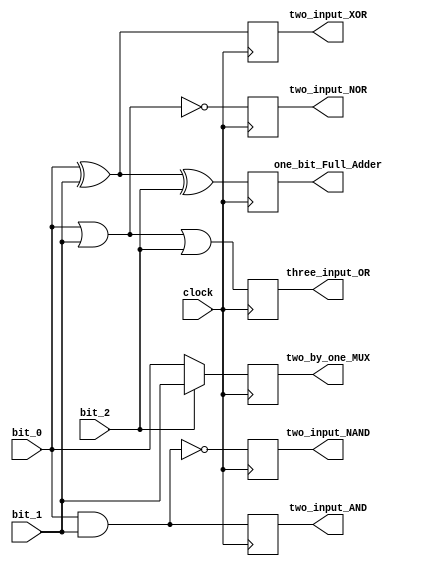
module core_logic(
	bit_0,
	bit_1,
	bit_2,
	clock,
	two_input_AND,
	two_input_NAND,
	three_input_OR,
	two_input_NOR,
	one_bit_Full_Adder,
	two_by_one_MUX,
	two_input_XOR
);

// define I/O
input clock;                    // basically the callback to the core logic
input bit_0, bit_1, bit_2;      // inputs for the push buttons
output two_input_AND, two_input_NAND, three_input_OR, two_input_NOR, one_bit_Full_Adder, two_by_one_MUX, two_input_XOR;

// define I/O types
reg two_input_AND, two_input_NAND, three_input_OR, two_input_NOR, one_bit_Full_Adder, two_by_one_MUX, two_input_XOR;

always @(posedge clock)
begin
    // Assigning individual status for each led
    two_input_AND <= bit_0 & bit_1;      					// 2-input AND
    two_input_NAND <= ~(bit_0 & bit_1);   					// 2-input NAND
    three_input_OR <= (bit_0 | bit_1 | bit_2);  			// 3-input OR
    two_input_NOR <= ~(bit_0 | bit_1);   					// 2-input NOR
    one_bit_Full_Adder <= (bit_0 ^ bit_1) ^ bit_2; 			// 1-bit Full Adder
    two_by_one_MUX <= bit_2 ? bit_1 : bit_0;  				// 2:1 MUX
    two_input_XOR <= bit_0 ^ bit_1;      					// 2-input XOR
end

endmodule